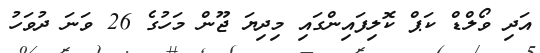
އަދި ވޯލްޑް ކަޕް ކޮލިފައިންގައި މިދިޔަ ޖޫން މަހުގެ 26 ވަނަ ދުވަހު